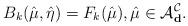
LaTeX: \begin{align*} B_k(\hat{\mu},\hat{\eta})= F_k(\hat{\mu}), \hat{\mu} \in \mathcal{A}_{\mathbf{d}}^{\mathcal{C}}.\end{align*}